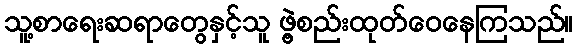
သူ့စာရေးဆရာတွေနှင့်သူ ဖွဲ့စည်းထုတ်ဝေနေကြသည်။